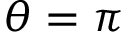
\theta = \pi